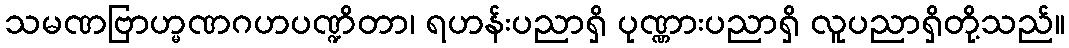
သမဏဗြာဟ္မဏဂဟပဏ္ဍိတာ၊ ရဟန်းပညာရှိ ပုဏ္ဏားပညာရှိ လူပညာရှိတို့သည်။